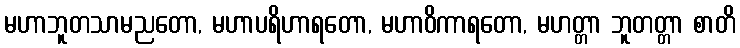
မဟာဘူတသာမညတော, မဟာပရိဟာရတော, မဟာဝိကာရတော, မဟတ္တာ ဘူတတ္တာ စာတိ